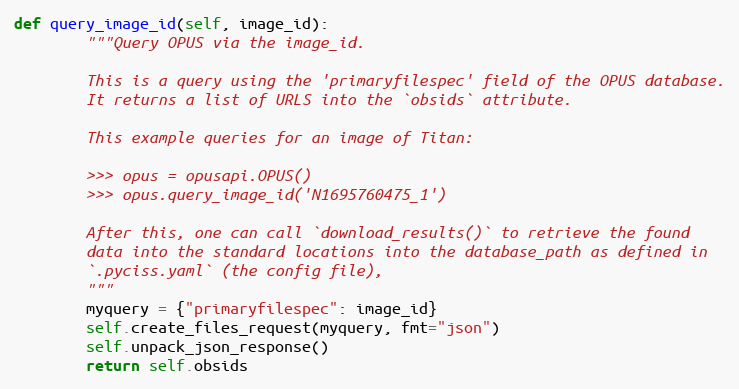
Language: Python
def query_image_id(self, image_id):
        """Query OPUS via the image_id.

        This is a query using the 'primaryfilespec' field of the OPUS database.
        It returns a list of URLS into the `obsids` attribute.

        This example queries for an image of Titan:

        >>> opus = opusapi.OPUS()
        >>> opus.query_image_id('N1695760475_1')

        After this, one can call `download_results()` to retrieve the found
        data into the standard locations into the database_path as defined in
        `.pyciss.yaml` (the config file),
        """
        myquery = {"primaryfilespec": image_id}
        self.create_files_request(myquery, fmt="json")
        self.unpack_json_response()
        return self.obsids